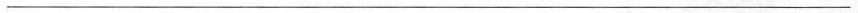
___